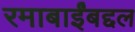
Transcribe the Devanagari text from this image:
रमाबाईंबद्दल